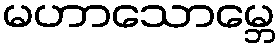
မဟာသောမ္ဘေ